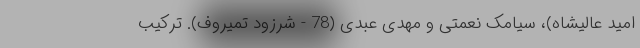
امید عالیشاه)، سیامک نعمتی و مهدی عبدی (78 - شرزود تمیروف). ترکیب